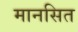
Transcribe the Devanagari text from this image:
मानसित